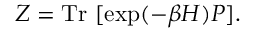
Z = \mathrm { T r } \ [ \exp ( - \beta H ) P ] .